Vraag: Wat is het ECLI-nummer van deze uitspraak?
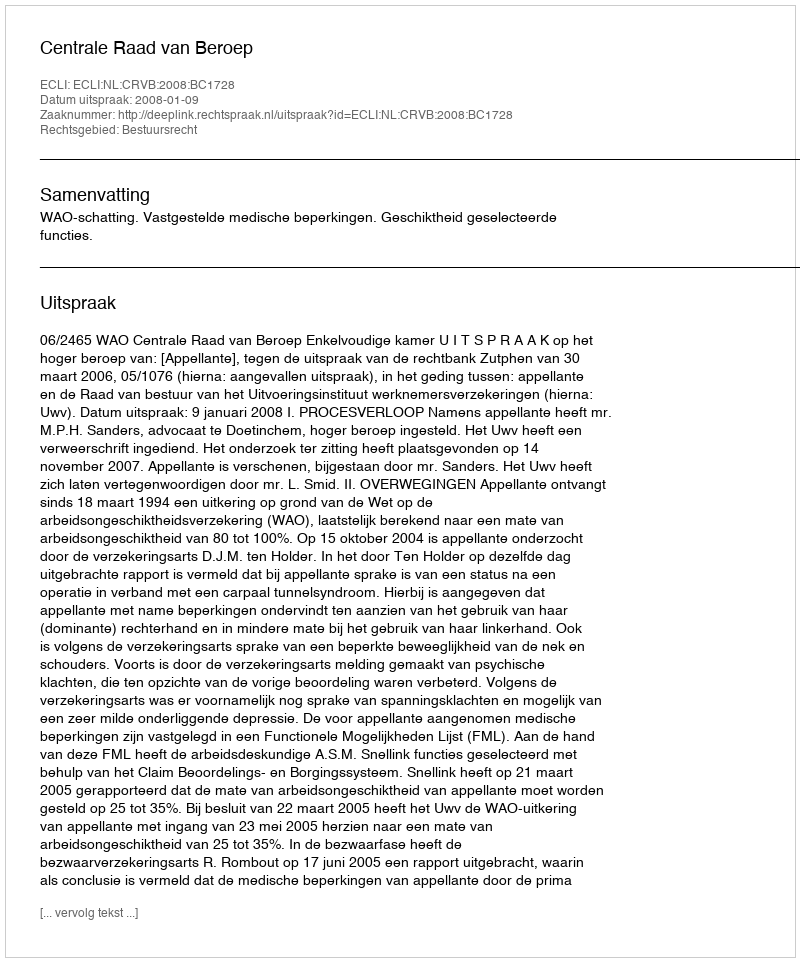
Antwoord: ECLI:NL:CRVB:2008:BC1728